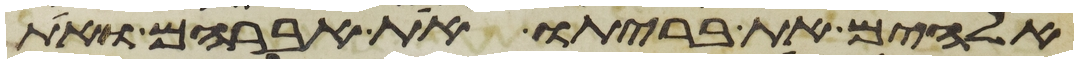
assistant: אלהים את בריתו את אברהם ואת